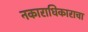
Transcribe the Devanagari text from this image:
नकाराधिकाराचा